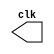
// PUC Minas - Ciencia da Computacao - Arquitetura de Computadores I
// Clock - Guia06
// Nome: Ana Cristina Pereira Teixeira

// --------------------------- 
// -- test clock generator (1) 
// --------------------------- 

// ------------------------- module clock
module clock ( clk );
	output clk;
		reg clk;
		
		initial begin
			clk = 1'b0;
		end
		
		always begin
		#12 clk = ~clk;
		end 
endmodule // clock ( )